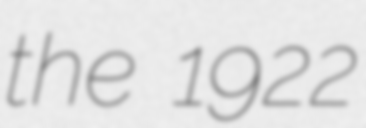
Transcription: the 1922